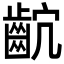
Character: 𪗴